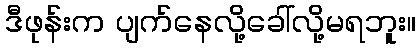
ဒီဖုန်းက ပျက်နေလို့ခေါ်လို့မရဘူး။